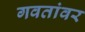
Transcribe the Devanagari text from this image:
गवतांवर